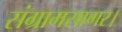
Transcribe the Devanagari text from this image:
संग्रामसागर।